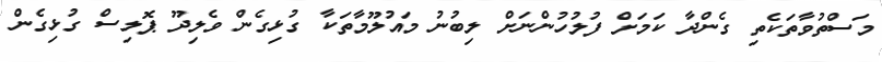
މަސްތުވާތަކެތި ގެންދާ ކަމަށް ފުލުހުންނަށް ލިބުނު މައުލޫމާތަކާ ގުޅިގެން ވެލިދޫ ޕޮލިސް ގުޅިގެން